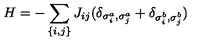
H = - \sum _ { \{ i , j \} } J _ { i j } ( \delta _ { \sigma _ { i } ^ { a } , \sigma _ { j } ^ { a } } + \delta _ { \sigma _ { i } ^ { b } , \sigma _ { j } ^ { b } } )